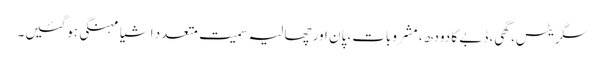
سگریٹس، گھی، ڈبے کا دودھ، مشروبات، پان اور چھالیہ سمیت متعدد اشیا مہنگی ہوگئیں۔